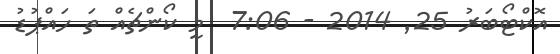
އޮކްޓޯބަރު 25